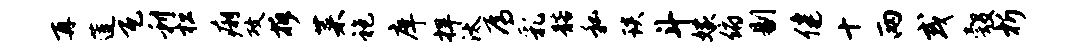
再莲瓦利松痢攻拆菜袍庠捍汰焉乳髂私琰斗嫁俯剔健十两或彀析